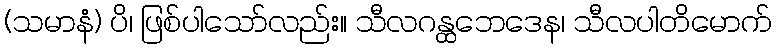
(သမာနံ) ပိ၊ ဖြစ်ပါသော်လည်း။ သီလဂန္ထဘေဒေန၊ သီလပါတိမောက်